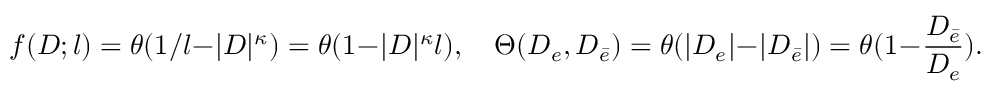
f ( D ; l ) = \theta ( 1 / l - | D | ^ { \kappa } ) = \theta ( 1 - | D | ^ { \kappa } l ) , \quad \Theta ( D _ { e } , D _ { \bar { e } } ) = \theta ( | D _ { e } | - | D _ { \bar { e } } | ) = \theta ( 1 - \frac { D _ { \bar { e } } } { D _ { e } } ) .